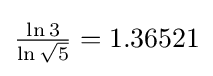
{\tfrac {\ln 3}{\ln {\sqrt {5}}}}=1.36521